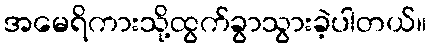
အမေရိကားသို့ထွက်ခွာသွားခဲ့ပါတယ်။